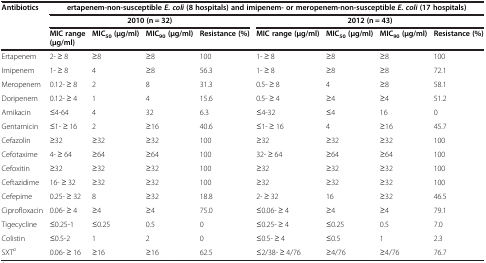
<table><thead><tr><td><b>Antibiotics</b></td><td colspan="8"><b>ertapenem-non-susceptible <i>E. coli </i>(8 hospitals) and imipenem- or meropenem-non-susceptible <i>E. coli </i>(17 hospitals)</b></td></tr><tr><td rowspan="2"><b> </b></td><td colspan="4"><b>2010 (n = 32)</b></td><td colspan="4"><b>2012 (n = 43)</b></td></tr><tr><td><b>MIC range (μg/ml)</b></td><td><b>MIC<sub>50 </sub>(μg/ml)</b></td><td><b>MIC<sub>90 </sub>(μg/ml)</b></td><td><b>Resistance (%)</b></td><td><b>MIC range (μg/ml)</b></td><td><b>MIC<sub>50 </sub>(μg/ml)</b></td><td><b>MIC<sub>90 </sub>(μg/ml)</b></td><td><b>Resistance (%)</b></td></tr></thead><tbody><tr><td>Ertapenem</td><td>2- ≥ 8</td><td>≥8</td><td>≥8</td><td>100</td><td>1- ≥ 8</td><td>≥8</td><td>≥8</td><td>100</td></tr><tr><td>Imipenem</td><td>1- ≥ 8</td><td>4</td><td>≥8</td><td>56.3</td><td>1- ≥ 8</td><td>≥8</td><td>≥8</td><td>72.1</td></tr><tr><td>Meropenem</td><td>0.12- ≥ 8</td><td>2</td><td>8</td><td>31.3</td><td>0.5- ≥ 8</td><td>4</td><td>≥8</td><td>58.1</td></tr><tr><td>Doripenem</td><td>0.12- ≥ 4</td><td>1</td><td>4</td><td>15.6</td><td>0.5- ≥ 4</td><td>≥4</td><td>≥4</td><td>51.2</td></tr><tr><td>Amikacin</td><td>≤4-64</td><td>4</td><td>32</td><td>6.3</td><td>≤4-32</td><td>≤4</td><td>16</td><td>0</td></tr><tr><td>Gentamicin</td><td>≤1- ≥ 16</td><td>2</td><td>≥16</td><td>40.6</td><td>≤1- ≥ 16</td><td>4</td><td>≥16</td><td>45.7</td></tr><tr><td>Cefazolin</td><td>≥32</td><td>≥32</td><td>≥32</td><td>100</td><td>≥32</td><td>≥32</td><td>≥32</td><td>100</td></tr><tr><td>Cefotaxime</td><td>4- ≥ 64</td><td>≥64</td><td>≥64</td><td>100</td><td>32- ≥ 64</td><td>≥64</td><td>≥64</td><td>100</td></tr><tr><td>Cefoxitin</td><td>≥32</td><td>≥32</td><td>≥32</td><td>100</td><td>≥32</td><td>≥32</td><td>≥32</td><td>100</td></tr><tr><td>Ceftazidime</td><td>16- ≥ 32</td><td>≥32</td><td>≥32</td><td>100</td><td>≥32</td><td>≥32</td><td>≥32</td><td>100</td></tr><tr><td>Cefepime</td><td>0.25- ≥ 32</td><td>8</td><td>≥32</td><td>18.8</td><td>2- ≥ 32</td><td>16</td><td>≥32</td><td>46.5</td></tr><tr><td>Ciprofloxacin</td><td>0.06- ≥ 4</td><td>≥4</td><td>≥4</td><td>75.0</td><td>≤0.06- ≥ 4</td><td>≥4</td><td>≥4</td><td>79.1</td></tr><tr><td>Tigecycline</td><td>≤0.25-1</td><td>≤0.25</td><td>0.5</td><td>0</td><td>≤0.25- ≥ 4</td><td>≤0.25</td><td>0.5</td><td>7.0</td></tr><tr><td>Colistin</td><td>≤0.5-2</td><td>1</td><td>2</td><td>0</td><td>≤0.5- ≥ 4</td><td>≤0.5</td><td>1</td><td>2.3</td></tr><tr><td>SXT<sup><i>a</i></sup></td><td>0.06- ≥ 16</td><td>≥16</td><td>≥16</td><td>62.5</td><td>≤2/38- ≥ 4/76</td><td>≥4/76</td><td>≥4/76</td><td>76.7</td></tr></tbody></table>